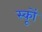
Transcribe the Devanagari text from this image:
स्कूों